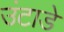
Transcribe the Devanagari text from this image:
उंटाडे